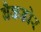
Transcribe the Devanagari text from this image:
बैकडोर